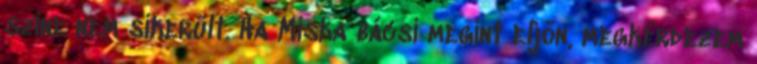
színe nem sikerült. Ha Miska bácsi megint eljön, megkérdezem